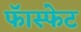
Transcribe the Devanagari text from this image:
फॅास्फेट